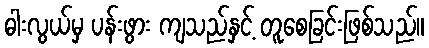
ဓါးလွယ်မှ ပန်းဖွား ကျသည်နှင့် တူစေခြင်းဖြစ်သည်။